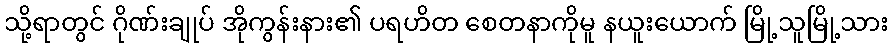
သို့ရာတွင် ဂိုဏ်းချုပ် အိုကွန်းနား၏ ပရဟိတ စေတနာကိုမူ နယူးယောက် မြို့သူမြို့သား